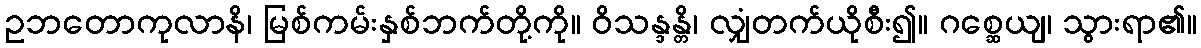
ဥဘတောကုလာနိ၊ မြစ်ကမ်းနှစ်ဘက်တို့ကို။ ဝိသန္ဒန္တိ၊ လျှံတက်ယိုစီး၍။ ဂစ္ဆေယျ၊ သွားရာ၏။